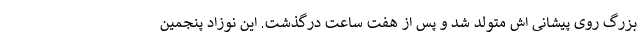
بزرگ روی پیشانی اش متولد شد و پس از هفت ساعت درگذشت. این نوزاد پنجمین